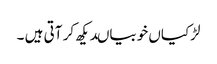
لڑکیاں خوبیاںدیکھ کر آتی ہیں ۔